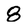
Character: 8